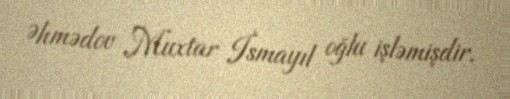
Əhmədov Muxtar İsmayıl oğlu işləmişdir.